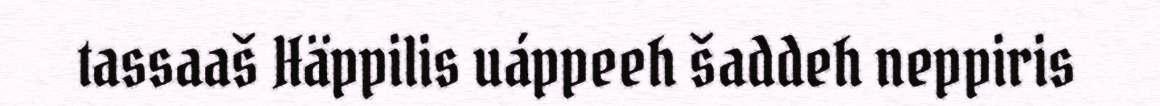
tassaaš Häppilis uáppeeh šaddeh neppiris